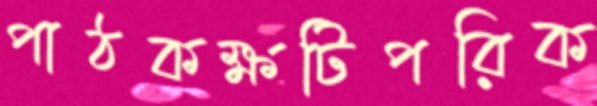
পাঠকক্ষটিপরিক